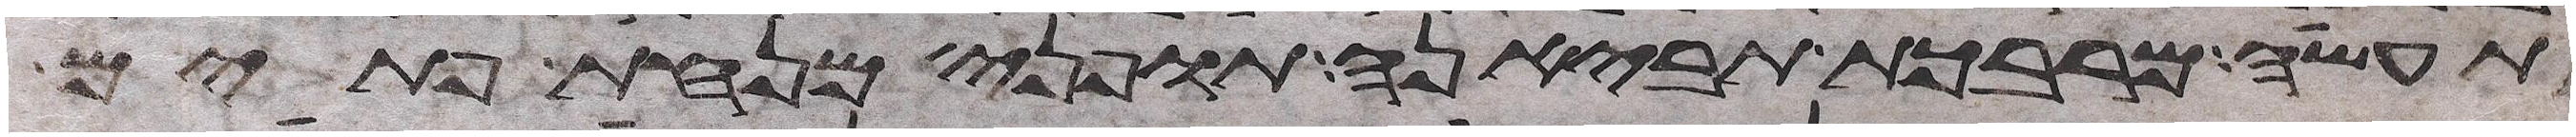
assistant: תעשה מרבכת תביאנה תופני מנחת פתים